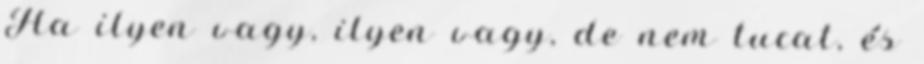
Ha ilyen vagy, ilyen vagy, de nem tucat, és